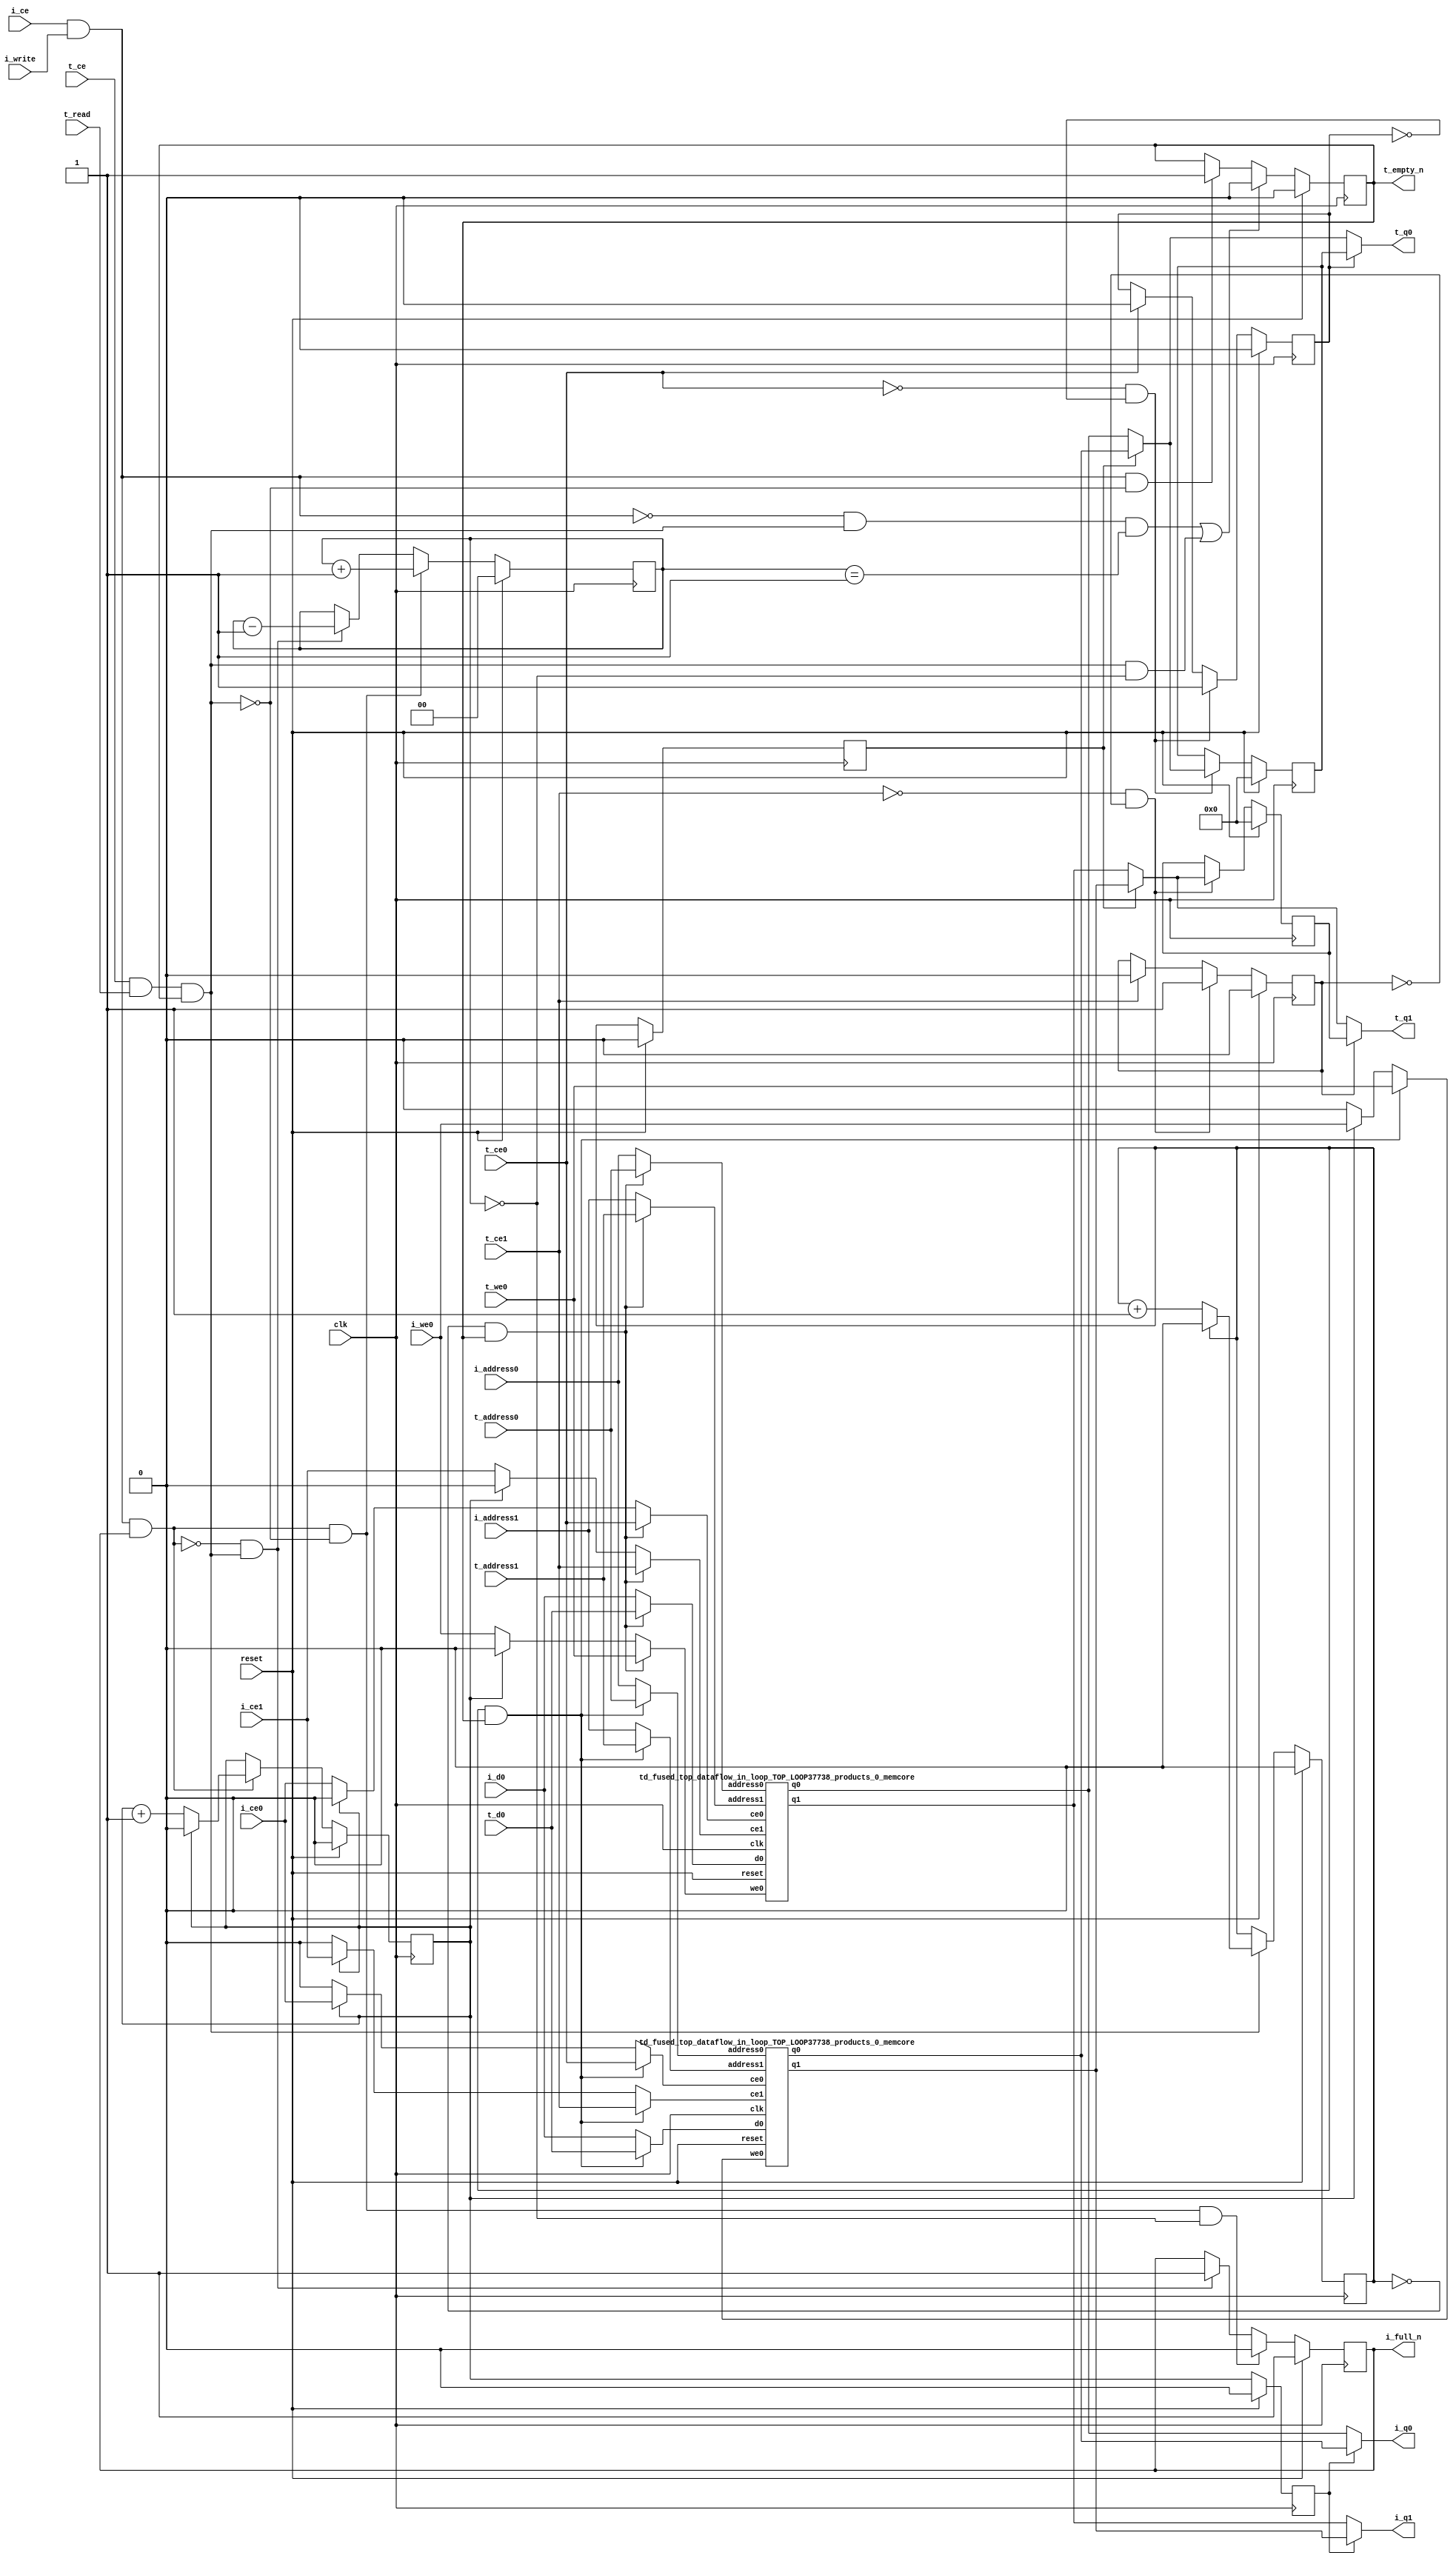
`define EXPONENT 5
`define MANTISSA 10
`define ACTUAL_MANTISSA 11
`define EXPONENT_LSB 10
`define EXPONENT_MSB 14
`define MANTISSA_LSB 0
`define MANTISSA_MSB 9
`define MANTISSA_MUL_SPLIT_LSB 3
`define MANTISSA_MUL_SPLIT_MSB 9
`define SIGN 1
`define SIGN_LOC 15
`define DWIDTH (`SIGN+`EXPONENT+`MANTISSA)
`define IEEE_COMPLIANCE 1

module td_fused_top_dataflow_in_loop_TOP_LOOP37738_products_0
#(parameter
    DataWidth    = 16,
    AddressRange = 32,
    AddressWidth = 8,
    BufferCount  = 2,
    MemLatency   = 1,
    IndexWidth   = 1
) (
    // system signals
    input  wire                    clk,
    input  wire                    reset,
    // initiator
    input  wire                    i_ce,
    input  wire                    i_write,
    output wire                    i_full_n,
    input  wire                    i_ce0,
    input  wire                    i_we0,
    input  wire [AddressWidth-1:0] i_address0,
    input  wire [DataWidth-1:0]    i_d0,
    output wire [DataWidth-1:0]    i_q0,
    input  wire                    i_ce1,
    input  wire [AddressWidth-1:0] i_address1,
    output wire [DataWidth-1:0]    i_q1,
    // target
    input  wire                    t_ce,
    input  wire                    t_read,
    output wire                    t_empty_n,
    input  wire                    t_ce0,
    input  wire                    t_we0,
    input  wire [AddressWidth-1:0] t_address0,
    input  wire [DataWidth-1:0]    t_d0,
    output wire [DataWidth-1:0]    t_q0,
    input  wire                    t_ce1,
    input  wire [AddressWidth-1:0] t_address1,
    output wire [DataWidth-1:0]    t_q1
);
//------------------------Local signal-------------------
// control/status
reg  [IndexWidth-1:0]   iptr    = 1'b0; // initiator index
reg  [IndexWidth-1:0]   tptr    = 1'b0; // target index
reg  [IndexWidth-1:0]   prev_iptr    = 1'b0; // previous initiator index
reg  [IndexWidth-1:0]   prev_tptr    = 1'b0; // previous target index
reg  [DataWidth-1:0]    reg_q0      = 1'b0; // buffer used if reader is stalled
reg                     reg_valid0    = 1'b0; // buffer has valid data
reg  [DataWidth-1:0]    reg_q1      = 1'b0; // buffer used if reader is stalled
reg                     reg_valid1    = 1'b0; // buffer has valid data
reg  [IndexWidth:0]     count   = 1'b0; // count of written buffers
reg                     full_n  = 1'b1; // whether all buffers are written
reg                     empty_n = 1'b0; // whether none of the buffers is written
wire                    push_buf;       // finish writing a buffer
wire                    write_buf;      // write a buffer
wire                    pop_buf;        // finish reading a buffer
// buffer signals
wire [BufferCount-1:0] buf_ce0;
wire [BufferCount-1:0] buf_we0;
wire [AddressWidth-1:0] buf_a0_0, buf_a0_1;
wire [DataWidth-1:0] buf_d0_0, buf_d0_1;
wire [DataWidth-1:0] buf_q0_0, buf_q0_1;
wire [BufferCount-1:0] buf_ce1;
wire [AddressWidth-1:0] buf_a1_0, buf_a1_1;
wire [DataWidth-1:0] buf_q1_0, buf_q1_1;
//------------------------Instantiation------------------
//genvar i;
        td_fused_top_dataflow_in_loop_TOP_LOOP37738_products_0_memcore td_fused_top_dataflow_in_loop_TOP_LOOP37738_products_0_memcore_U_0 (
            .reset    ( reset ),
            .clk      ( clk ),
            .address0 ( buf_a0_0 ),
            .ce0      ( buf_ce0[ 0 ] ),
            .we0      ( buf_we0[ 0 ] ),
            .d0       ( buf_d0_0 ),
            .q0       ( buf_q0_0 ),
            .address1 ( buf_a1_0 ),
            .ce1      ( buf_ce1[ 0 ] ),
            .q1       ( buf_q1_0 )
        );
        td_fused_top_dataflow_in_loop_TOP_LOOP37738_products_0_memcore td_fused_top_dataflow_in_loop_TOP_LOOP37738_products_0_memcore_U_1 (
            .reset    ( reset ),
            .clk      ( clk ),
            .address0 ( buf_a0_1 ),
            .ce0      ( buf_ce0[ 1 ] ),
            .we0      ( buf_we0[ 1 ] ),
            .d0       ( buf_d0_1 ),
            .q0       ( buf_q0_1 ),
            .address1 ( buf_a1_1 ),
            .ce1      ( buf_ce1[ 1 ] ),
            .q1       ( buf_q1_1 )
        );

//++++++++++++++++++++++++buffer signals+++++++++++++++++
        assign buf_ce0[ 0 ] = (tptr ==  0  && empty_n) ? t_ce0
                             : (iptr ==  0 ) ? i_ce0 : 1'b0;
        assign buf_a0_0  = (tptr ==  0  && empty_n) ?  t_address0 : i_address0;
        assign buf_we0[ 0 ] = (tptr ==  0  && empty_n)  ? t_we0
                             : (iptr ==  0 ) ? i_we0 : 1'b0;
        assign buf_d0_0  = (tptr ==  0  && empty_n) ? t_d0       : i_d0;
        assign buf_ce1[ 0 ] = (tptr ==  0  && empty_n) ? t_ce1
                             : (iptr ==  0 ) ? i_ce1 : 1'b0;
        assign buf_a1_0  = (tptr ==  0  && empty_n) ?  t_address1 : i_address1;
        assign buf_ce0[ 1 ] = (tptr ==  1  && empty_n) ? t_ce0
                             : (iptr ==  1 ) ? i_ce0 : 1'b0;
        assign buf_a0_1  = (tptr ==  1  && empty_n) ?  t_address0 : i_address0;
        assign buf_we0[ 1 ] = (tptr ==  1  && empty_n)  ? t_we0
                             : (iptr ==  1 ) ? i_we0 : 1'b0;
        assign buf_d0_1  = (tptr ==  1  && empty_n) ? t_d0       : i_d0;
        assign buf_ce1[ 1 ] = (tptr ==  1  && empty_n) ? t_ce1
                             : (iptr ==  1 ) ? i_ce1 : 1'b0;
        assign buf_a1_1  = (tptr ==  1  && empty_n) ?  t_address1 : i_address1;
//+++++++++++++++++++++++++++++++++++++++++++++++++++++++

//------------------------Body---------------------------
assign i_q0      = (prev_iptr == 1'b1 ? buf_q0_1 : buf_q0_0);
assign t_q0      = reg_valid0 ? reg_q0 : (prev_tptr == 1'b1 ? buf_q0_1 : buf_q0_0);
assign i_q1      = (prev_iptr == 1'b1 ? buf_q1_1 : buf_q1_0);
assign t_q1      = reg_valid1 ? reg_q1 : (prev_tptr == 1'b1 ? buf_q1_1 : buf_q1_0);

//++++++++++++++++++++++++output+++++++++++++++++++++++++
assign i_full_n  = full_n;
assign t_empty_n = empty_n;
//+++++++++++++++++++++++++++++++++++++++++++++++++++++++

//++++++++++++++++++++++++control/status+++++++++++++++++
assign push_buf = i_ce & i_write & full_n;
assign write_buf = i_ce & i_write;
assign pop_buf  = t_ce & t_read & empty_n;

// iptr
always @(posedge clk) begin
    if (reset == 1'b1)
        iptr <= 1'b0;
    else if (push_buf) begin
        if (iptr == BufferCount - 1'b1)
            iptr <= 1'b0;
        else
            iptr <= iptr + 1'b1;
    end
end

// tptr
always @(posedge clk) begin
    if (reset == 1'b1)
        tptr <= 1'b0;
    else if (pop_buf) begin
        if (tptr == BufferCount - 1'b1)
            tptr <= 1'b0;
        else
            tptr <= tptr + 1'b1;
    end
end

// prev_iptr
always @(posedge clk) begin
    if (reset == 1'b1)
        prev_iptr <= 1'b0;
    else begin
        prev_iptr <= iptr;
    end
end

// prev_tptr
always @(posedge clk) begin
    if (reset == 1'b1)
        prev_tptr <= 1'b0;
    else begin
        prev_tptr <= tptr;
    end
end

// reg_q0 and reg_valid0
always @(posedge clk) begin
    if (reset == 1'b1) begin
        reg_q0     <= 1'b0;
        reg_valid0 <= 1'b0;
    end else if (!t_ce0 && !reg_valid0) begin
        reg_q0     <= (prev_tptr == 1'b1 ? buf_q0_1 : buf_q0_0);
        reg_valid0 <= 1'b1;
    end else if (t_ce0) begin
        reg_valid0 <= 1'b0;
    end
end

// reg_q1 and reg_valid1
always @(posedge clk) begin
    if (reset == 1'b1) begin
        reg_q1     <= 1'b0;
        reg_valid1 <= 1'b0;
    end else if (!t_ce1 && !reg_valid1) begin
        reg_q1     <= (prev_tptr == 1'b1 ? buf_q1_1 : buf_q1_0);
        reg_valid1 <= 1'b1;
    end else if (t_ce1) begin
        reg_valid1 <= 1'b0;
    end
end

// count
always @(posedge clk) begin
    if (reset == 1'b1)
        count <= 1'b0;
    else if (push_buf && !pop_buf)
        count <= count + 1'b1;
    else if (!push_buf && pop_buf)
        count <= count - 1'b1;
end

// full_n
always @(posedge clk) begin
    if (reset == 1'b1)
        full_n <= 1'b1;
    else if (push_buf && !pop_buf && count == BufferCount - 2'd2)
        full_n <= 1'b0;
    else if (!push_buf && pop_buf)
        full_n <= 1'b1;
end

// empty_n
always @(posedge clk) begin
    if (reset == 1'b1)
        empty_n <= 1'b0;
    else if ((!write_buf && pop_buf && count == 1'b1)
             || (pop_buf && count == 1'b0))
        empty_n <= 1'b0;
    else if (write_buf && !pop_buf)
        empty_n <= 1'b1;
end
//+++++++++++++++++++++++++++++++++++++++++++++++++++++++

endmodule
module td_fused_top_dataflow_in_loop_TOP_LOOP37738_products_0_memcore(
    reset,
    clk,
    address0,
    ce0,
    we0,
    d0,
    q0,
    address1,
    ce1,
    q1);

parameter DataWidth = 32'd16;
parameter AddressRange = 32'd144;
parameter AddressWidth = 32'd8;
input reset;
input clk;
input[AddressWidth - 1:0] address0;
input ce0;
input we0;
input[DataWidth - 1:0] d0;
output[DataWidth - 1:0] q0;
input[AddressWidth - 1:0] address1;
input ce1;
output[DataWidth - 1:0] q1;



td_fused_top_dataflow_in_loop_TOP_LOOP37738_products_0_memcore_ram td_fused_top_dataflow_in_loop_TOP_LOOP37738_products_0_memcore_ram_U(
    .clk( clk ),
    .addr0( address0 ),
    .ce0( ce0 ),
    .we0( we0 ),
    .d0( d0 ),
    .q0( q0 ),
    .addr1( address1 ),
    .ce1( ce1 ),
    .q1( q1 )
);

endmodule
module td_fused_top_dataflow_in_loop_TOP_LOOP37738_products_0_memcore_ram (addr0, ce0, d0, we0, q0, addr1, ce1, q1,  clk);

parameter DWIDTH = 16;
parameter AWIDTH = 8;
parameter MEM_SIZE = 144;

input[AWIDTH-1:0] addr0;
input ce0;
input[DWIDTH-1:0] d0;
input we0;
output reg[DWIDTH-1:0] q0;
input[AWIDTH-1:0] addr1;
input ce1;
output reg[DWIDTH-1:0] q1;
input clk;

reg [DWIDTH-1:0] ram[MEM_SIZE-1:0];




always @(posedge clk)  
begin 
    if (ce0) begin
        if (we0) 
            ram[addr0] <= d0; 
        q0 <= ram[addr0];
    end
end


always @(posedge clk)  
begin 
    if (ce1) begin
        q1 <= ram[addr1];
    end
end


endmodule